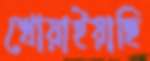
খোয়াইয়াছি